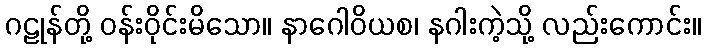
ဂဠုန်တို့ ဝန်းဝိုင်းမိသော။ နာဂေါဝိယစ၊ နဂါးကဲ့သို့ လည်းကောင်း။